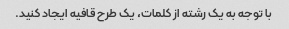
با توجه به یک رشته از کلمات، یک طرح قافیه ایجاد کنید.